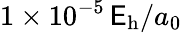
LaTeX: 1\times10^{-5}\, \mathsf{E}_{\mathrm{{h}}}/a_{0}